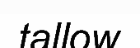
tallow